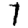
Digit: 7